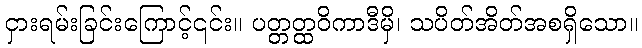
ငှားရမ်းခြင်းကြောင့်၎င်း။ ပတ္တတ္ထဝိကာဒီမှိ၊ သပိတ်အိတ်အစရှိသော။